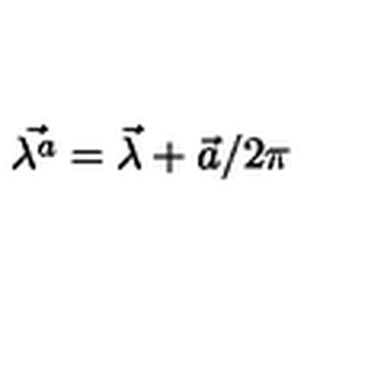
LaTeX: \vec { \lambda ^ { a } } = \vec { \lambda } + \vec { a } / 2 \pi